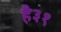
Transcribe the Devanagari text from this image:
है३१